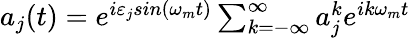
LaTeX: \begin{array}{r}{a_{j}(t)=e^{i\varepsilon_{j}sin(\omega_{m}t)}\sum_{k=-\infty}^{\infty}a_{j}^{k}e^{ik\omega_{m}t}}\end{array}